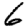
Digit: 6